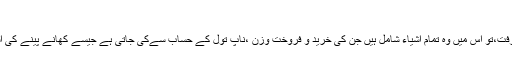
مقدار کا علم
یعنی وزن و پیمانہ کی معرفت،تو اس میں وہ تمام اشیاء شامل ہیں جن کی خرید و فروخت وزن ،ناپ تول کے حساب سےکی جاتی ہے جیسے کھانے پینے کی اشیاء اور سائل مادہّ وغیرہ ۔